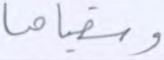
وسقياها